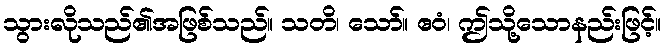
သွားလိုသည်၏အဖြစ်သည်။ သတိ၊ သော်။ ဧဝံ၊ ဤသို့သောနည်းဖြင့်။